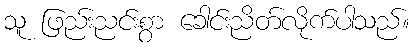
သူ ဖြည်းညင်းစွာ ခေါင်းညိတ်လိုက်ပါသည်။